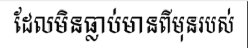
ដែលមិនធ្លាប់មានពីមុនរបស់